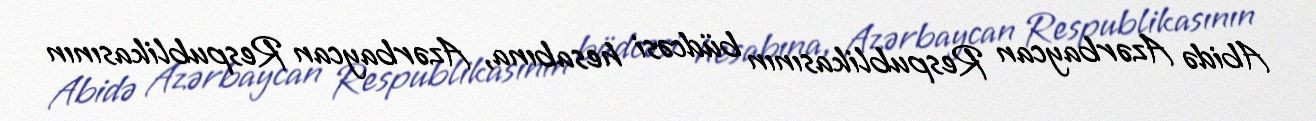
Abidə Azərbaycan Respublikasının büdcəsi hesabına, Azərbaycan Respublikasının